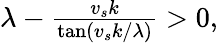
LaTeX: \begin{array}{r}{\lambda-\frac{v_{s}k}{\tan(v_{s}k/\lambda)}>0,}\end{array}